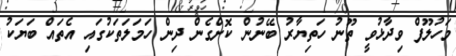
މަހުލޫފް ވިދާޅުވީ ތޫނު ހަތިޔާރު ބޭނުން ކޮށްގެން ދިން ހަމަލަތަކުގައި އެތައް ބަޔަކު